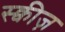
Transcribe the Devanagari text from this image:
स्क्वीज़